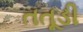
તતૂડી